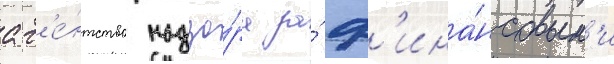
аг'е́нтство надзо́ра за́ ф'ина́нсовым'и